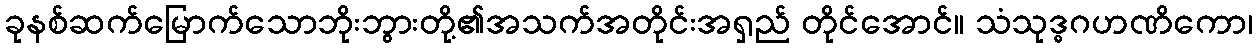
ခုနစ်ဆက်မြောက်သောဘိုးဘွားတို့၏အသက်အတိုင်းအရှည် တိုင်အောင်။ သံသုဒ္ဓဂဟဏိကော၊